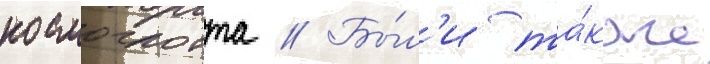
космоглотта // Бы́л'и та́кже